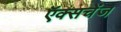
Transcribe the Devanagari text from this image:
ऍक्सचेंज